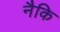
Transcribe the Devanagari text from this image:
नैकि